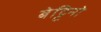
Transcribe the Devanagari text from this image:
बेट्टिनो